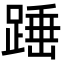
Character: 𮛸